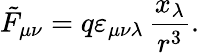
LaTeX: \tilde{F}_{\mu\nu}=q\varepsilon_{\mu\nu\lambda}\, \frac{x_{\lambda}}{r^{3}}.